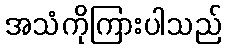
အသံကိုကြားပါသည်